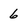
Character: 6